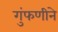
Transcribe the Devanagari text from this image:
गुंफणीने